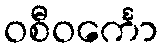
ဝစီဝင်္ကော